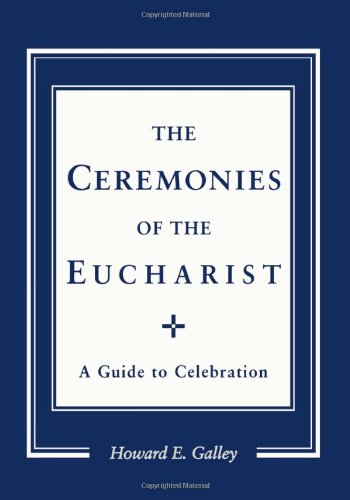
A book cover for The Ceremonies of the Eucharist: A Guide to Celebration; Howard E. Gally; Christian Books & Bibles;